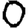
Digit: 0